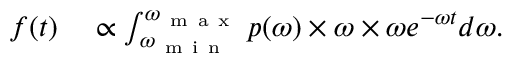
\begin{array} { r l } { f ( t ) } & { { } \propto \int _ { \omega _ { \mathrm { ~ m ~ i ~ n ~ } } } ^ { \omega _ { \mathrm { ~ m ~ a ~ x ~ } } } p ( \omega ) \times \omega \times \omega e ^ { - \omega t } d \omega . } \end{array}